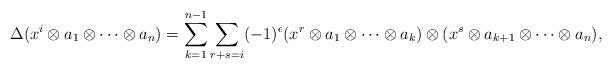
LaTeX: \begin{align*}\Delta(x^i\otimes a_1\otimes \cdots \otimes a_n)=\sum_{k=1}^{n-1}\sum_{r+s=i} (-1)^\epsilon (x^r\otimes a_1\otimes \cdots \otimes a_k)\otimes (x^s\otimes a_{k+1}\otimes \cdots \otimes a_n),\end{align*}